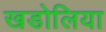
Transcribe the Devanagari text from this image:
खडोलिया